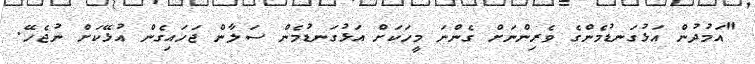
"އަމުދުން އަޅުގަނޑުމެންގެ ވެރިންނަށް ގެންނަ މީހަކަށް އަޅުގަނޑުމެން ސަލާން ޖަހައިގެން އުޅޭކަށް ނުޖެހޭ.